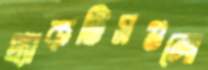
প্র্যাকটিসগুলো